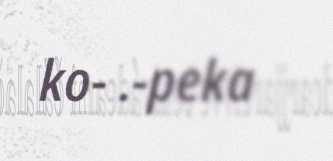
ko- .-peka